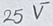
Text: 25V